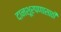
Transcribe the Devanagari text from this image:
दानशूरपणासाठी